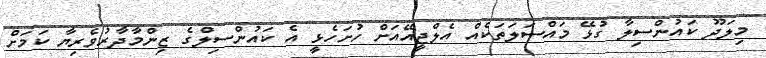
މިލަދޫ ކައުންސިލާ ގުޅޭ މައްސަލަތަކެއް އެލްޖީއޭއަށް ހުށަހެޅީ އެ ކައުންސިލްގެ ޒިންމާދާރުވެރިޔާ ކަމަށް